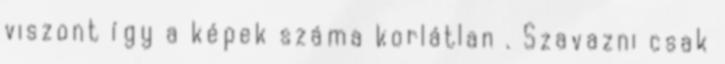
viszont így a képek száma korlátlan . Szavazni csak